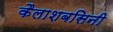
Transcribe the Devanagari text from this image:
कैलाशबसिनी